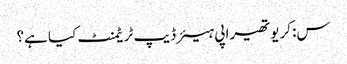
س: کریوتھیراپی ہیئر ڈیپ ٹریٹمنٹ کیا ہے؟